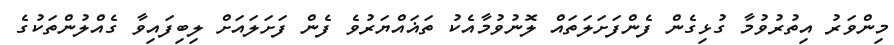
މިންވަރު އިތުރުވުމާ ގުޅިގެން ފެންފަށަލަތައް ލޮނުވުމާއެކު ތަޣައްޔަރުވެ ފެން ފަށަލައަށް ލިބިފައިވާ ގެއްލުންތަކުގެ